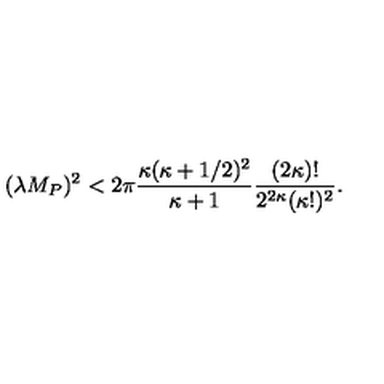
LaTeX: ( \lambda M _ { P } ) ^ { 2 } < 2 \pi \frac { \kappa ( \kappa + 1 / 2 ) ^ { 2 } } { \kappa + 1 } \frac { ( 2 \kappa ) ! } { 2 ^ { 2 \kappa } ( \kappa ! ) ^ { 2 } } .